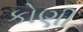
કોણી